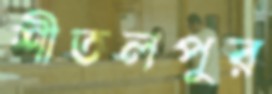
শীতলপুর